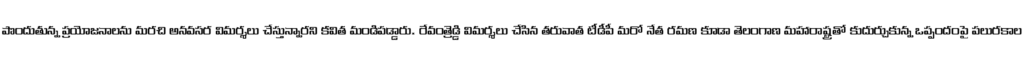
పొందుతున్న ప్రయోజనాలను మరచి అనవసర విమర్శలు చేస్తున్నారని కవిత మండిపడ్డారు. రేవంత్రెడ్డి విమర్శలు చేసిన తరువాత టీడీపీ మరో నేత రమణ కూడా తెలంగాణ మహారాష్ట్రతో కుదుర్చుకున్న ఒప్పందంపై పలురకాల